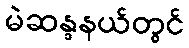
မဲဆန္ဒနယ်တွင်